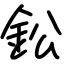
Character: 鈆